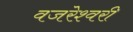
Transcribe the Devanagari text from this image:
वजरेश्वरी